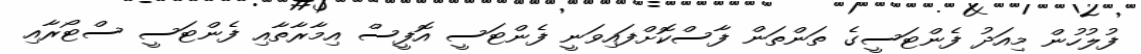
ފުލުހުން މިއަދު ފެންޓަސީގެ ތަންތަން ފާސްކޮށްފައިވަނީ ފެންޓަސީ އޮފީސް އިމާރާތާއި ފެންޓަސީ ސްޓޯރާއި